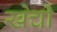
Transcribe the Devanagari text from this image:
खेची